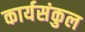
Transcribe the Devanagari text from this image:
कार्यसंकुल